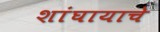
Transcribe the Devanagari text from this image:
शांघायाचे